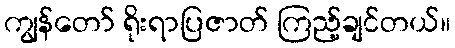
ကျွန်တော် ရိုးရာပြဇာတ် ကြည့်ချင်တယ်။